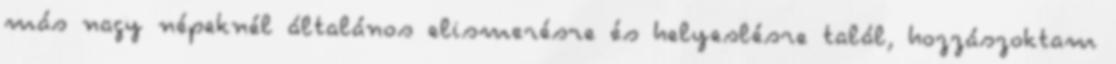
más nagy népeknél általános elismerésre és helyeslésre talál, hozzászoktam